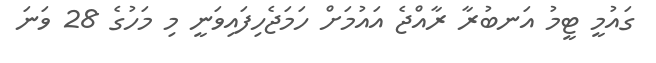
ގައުމީ ޓީމު އަނބުރާ ރާއްޖެ އައުމަށް ހަމަޖެހިފައިވަނީ މި މަހުގެ 28 ވަނަ